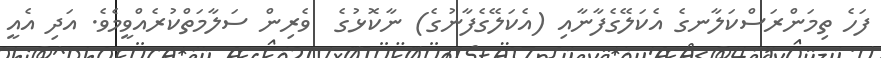
ފަހެ ތިމަންރަސްކަލާނގެ އެކަލޭގެފާނާއި (އެކަލޭގެފާނުގެ) ނާކޮޅުގެ  ވެރިން ސަލާމަތްކުރެއްވީމެވެ. އަދި އެއީ